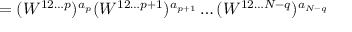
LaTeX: = ( W ^ { 1 2 \ldots p } ) ^ { a _ { p } } ( W ^ { 1 2 \ldots p + 1 } ) ^ { a _ { p + 1 } } \ldots ( W ^ { 1 2 \ldots N - q } ) ^ { a _ { N - q } }